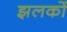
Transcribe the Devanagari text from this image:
झलकों